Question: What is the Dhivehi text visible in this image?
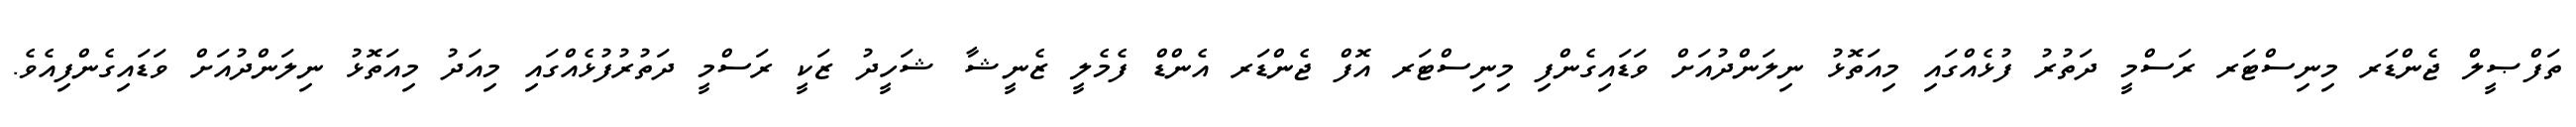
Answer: ތަފްޞީލް ޖެންޑަރ މިނިސްޓަރ ރަސްމީ ދަތުރު ފުޅެއްގައި މިއަތޮޅު ނިލަންދުއަށް ވަޑައިގެންފި މިނިސްޓަރ އޮފް ޖެންޑަރ އެންޑް ފެމެލީ ޒެނީޝާ ޝަހީދު ޒަކީ ރަސްމީ ދަތުރުފުޅެއްގައި މިއަދު މިއަތޮޅު ނިލަންދުއަށް ވަޑައިގެންފިއެވެ.